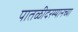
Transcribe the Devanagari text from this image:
पातळीदरम्यानच्या